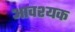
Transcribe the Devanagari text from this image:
अावश्यक